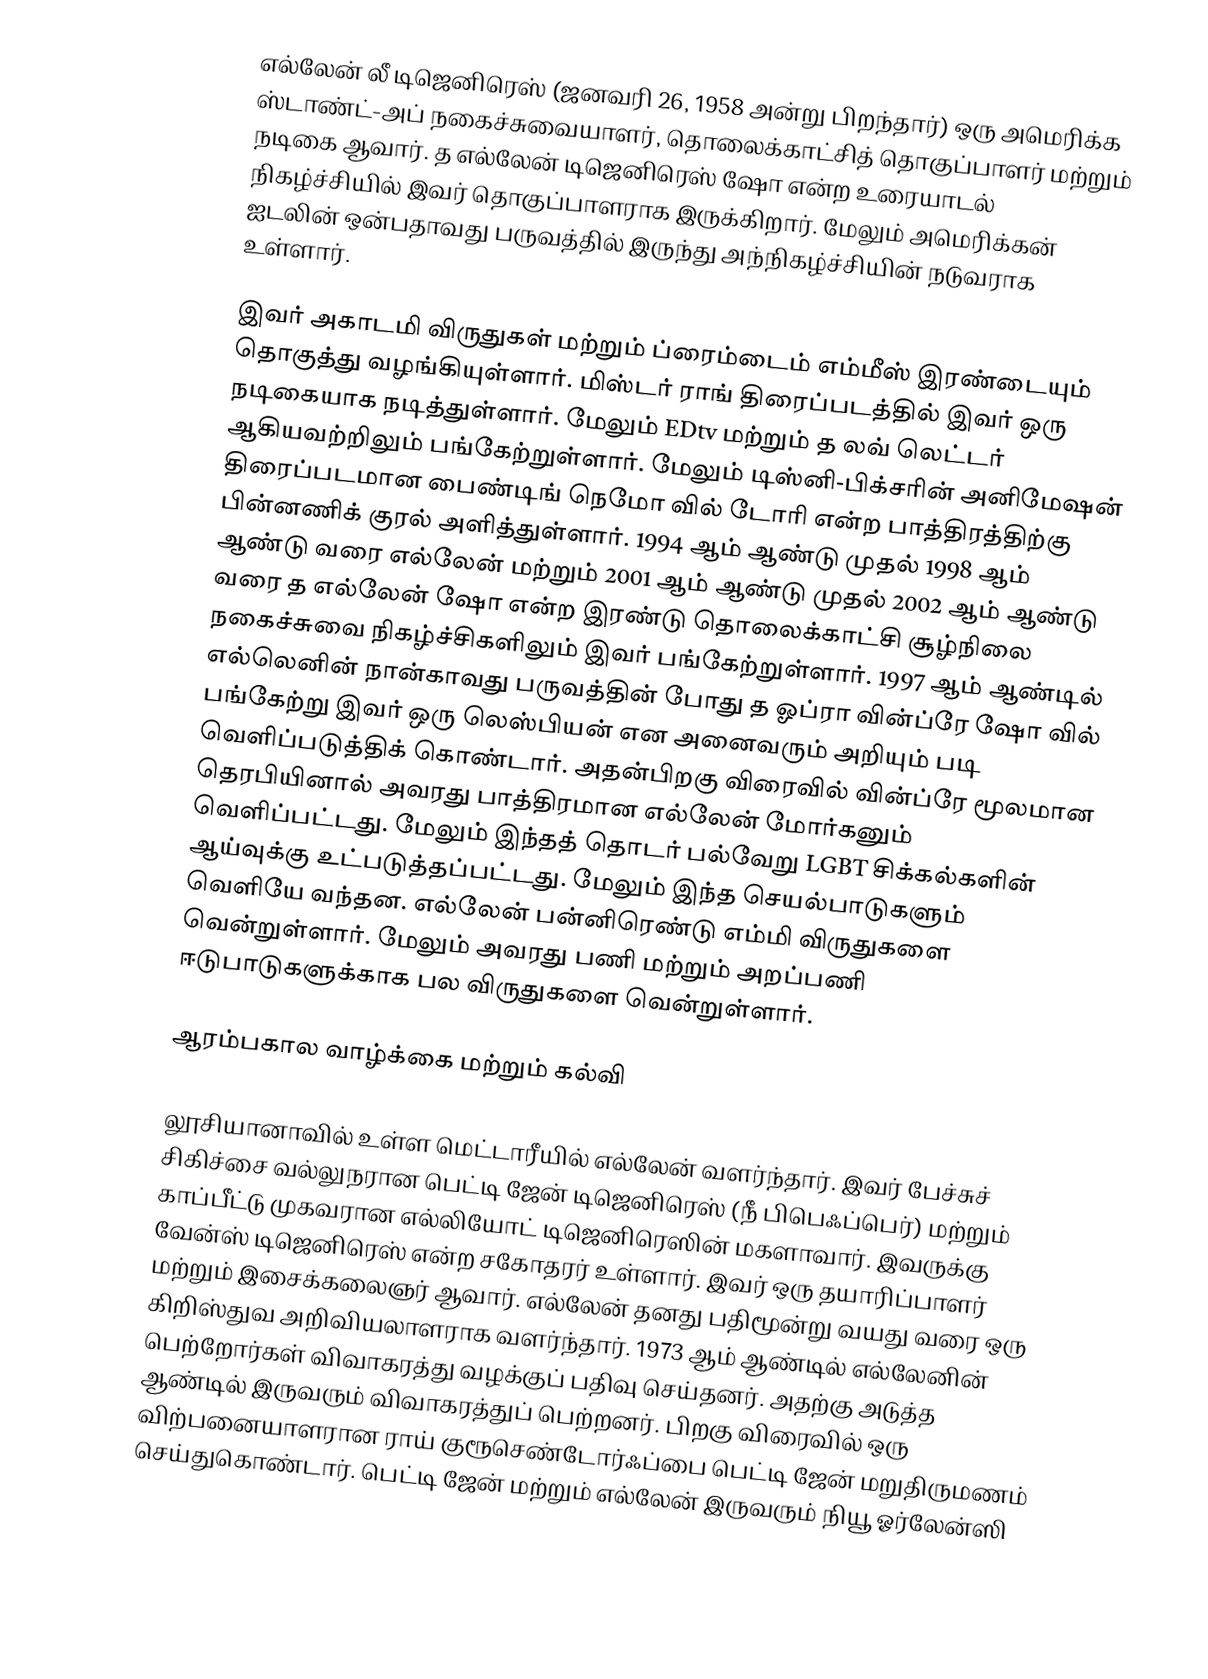
எல்லேன் லீ டிஜெனிரெஸ் (ஜனவரி 26, 1958 அன்று பிறந்தார்) ஒரு அமெரிக்க ஸ்டாண்ட்-அப் நகைச்சுவையாளர், தொலைக்காட்சித் தொகுப்பாளர் மற்றும் நடிகை ஆவார். த எல்லேன் டிஜெனிரெஸ் ஷோ என்ற உரையாடல் நிகழ்ச்சியில் இவர் தொகுப்பாளராக இருக்கிறார். மேலும் அமெரிக்கன் ஐடலின் ஒன்பதாவது பருவத்தில் இருந்து அந்நிகழ்ச்சியின் நடுவராக உள்ளார்.

இவர் அகாடமி விருதுகள் மற்றும் ப்ரைம்டைம் எம்மீஸ் இரண்டையும் தொகுத்து வழங்கியுள்ளார். மிஸ்டர் ராங் திரைப்படத்தில் இவர் ஒரு நடிகையாக நடித்துள்ளார். மேலும் EDtv மற்றும் த லவ் லெட்டர் ஆகியவற்றிலும் பங்கேற்றுள்ளார். மேலும் டிஸ்னி-பிக்சரின் அனிமேஷன் திரைப்படமான பைண்டிங் நெமோ வில் டோரி என்ற பாத்திரத்திற்கு பின்னணிக் குரல் அளித்துள்ளார். 1994 ஆம் ஆண்டு முதல் 1998 ஆம் ஆண்டு வரை எல்லேன் மற்றும் 2001 ஆம் ஆண்டு முதல் 2002 ஆம் ஆண்டு வரை த எல்லேன் ஷோ என்ற இரண்டு தொலைக்காட்சி சூழ்நிலை நகைச்சுவை நிகழ்ச்சிகளிலும் இவர் பங்கேற்றுள்ளார். 1997 ஆம் ஆண்டில் எல்லெனின் நான்காவது பருவத்தின் போது த ஓப்ரா வின்ப்ரே ஷோ வில் பங்கேற்று இவர் ஒரு லெஸ்பியன் என அனைவரும் அறியும் படி வெளிப்படுத்திக் கொண்டார். அதன்பிறகு விரைவில் வின்ப்ரே மூலமான தெரபியினால் அவரது பாத்திரமான எல்லேன் மோர்கனும் வெளிப்பட்டது. மேலும் இந்தத் தொடர் பல்வேறு LGBT சிக்கல்களின் ஆய்வுக்கு உட்படுத்தப்பட்டது. மேலும் இந்த செயல்பாடுகளும் வெளியே வந்தன. எல்லேன் பன்னிரெண்டு எம்மி விருதுகளை வென்றுள்ளார். மேலும் அவரது பணி மற்றும் அறப்பணி ஈடுபாடுகளுக்காக பல விருதுகளை வென்றுள்ளார்.

ஆரம்பகால வாழ்க்கை மற்றும் கல்வி

லூசியானாவில் உள்ள மெட்டாரீயில் எல்லேன் வளர்ந்தார். இவர் பேச்சுச் சிகிச்சை வல்லுநரான பெட்டி ஜேன் டிஜெனிரெஸ் (நீ பிபெஃப்பெர்) மற்றும் காப்பீட்டு முகவரான எல்லியோட் டிஜெனிரெஸின் மகளாவார். இவருக்கு வேன்ஸ் டிஜெனிரெஸ் என்ற சகோதரர் உள்ளார். இவர் ஒரு தயாரிப்பாளர் மற்றும் இசைக்கலைஞர் ஆவார். எல்லேன் தனது பதிமூன்று வயது வரை ஒரு கிறிஸ்துவ அறிவியலாளராக வளர்ந்தார். 1973 ஆம் ஆண்டில் எல்லேனின் பெற்றோர்கள் விவாகரத்து வழக்குப் பதிவு செய்தனர். அதற்கு அடுத்த ஆண்டில் இருவரும் விவாகரத்துப் பெற்றனர். பிறகு விரைவில் ஒரு விற்பனையாளரான ராய் குரூசெண்டோர்ஃப்பை பெட்டி ஜேன் மறுதிருமணம் செய்துகொண்டார். பெட்டி ஜேன் மற்றும் எல்லேன் இருவரும் நியூ ஓர்லேன்ஸி